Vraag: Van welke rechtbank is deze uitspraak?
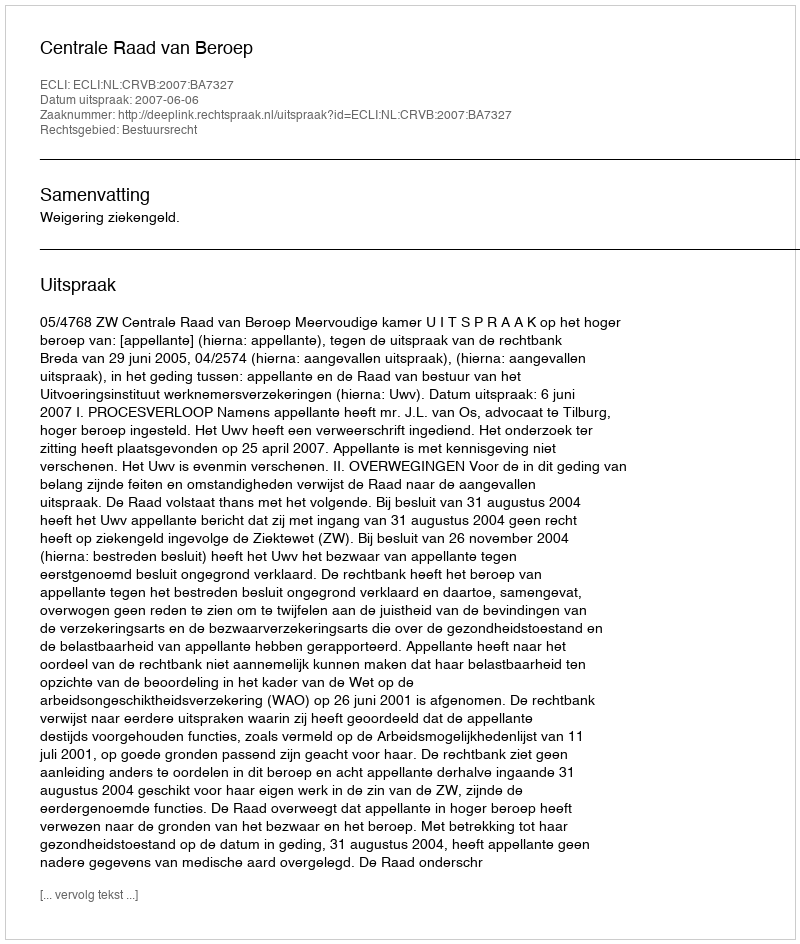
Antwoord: Centrale Raad van Beroep